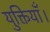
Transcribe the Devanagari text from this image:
युक्तियाँ।